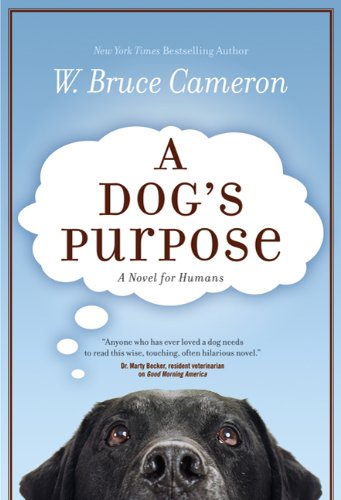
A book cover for A Dog's Purpose; W. Bruce Cameron; Literature & Fiction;